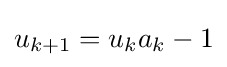
u_{k+1}=u_{k}a_{k}-1